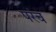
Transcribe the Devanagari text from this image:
परंच